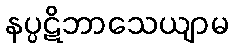
နပ္ပဋိဘာသေယျာမ